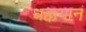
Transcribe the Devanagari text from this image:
धक्कयानं